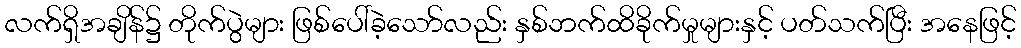
လက်ရှိအချိန်၌ တိုက်ပွဲများ ဖြစ်ပေါ်ခဲ့သော်လည်း နှစ်ဘက်ထိခိုက်မှုများနှင့် ပတ်သက်ပြီး အနေဖြင့်